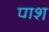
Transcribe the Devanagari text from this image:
पाशं